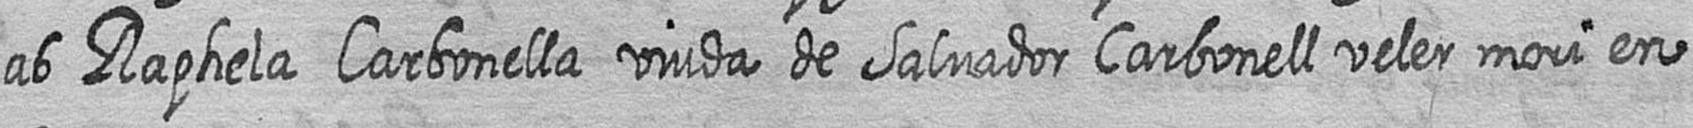
ab Raphela Carbonella viuda de Salvador Carbonell veler mori en